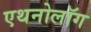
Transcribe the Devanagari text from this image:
एथनोलॉग